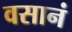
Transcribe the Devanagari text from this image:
वसानं